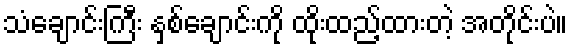
သံချောင်းကြီး နှစ်ချောင်းကို ထိုးထည့်ထားတဲ့ အတိုင်းပဲ။